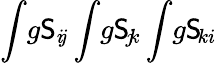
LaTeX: \int\! g\mathsf{S}_{i\! j}\int\! g\mathsf{S}_{\! j\! k}\int\! g\mathsf{S}_{\! ki}